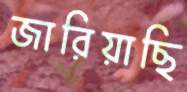
জারিয়াছি